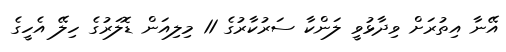
އޭނާ އިތުރަށް ވިދާޅުވީ ލަންކާ ސަރުކާރުގެ 11 މިލިއަން ޑޮލަރުގެ ހިލޭ އެހީގެ